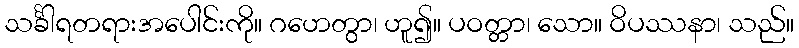
သင်္ခါရတရားအပေါင်းကို။ ဂဟေတွာ၊ ဟူ၍။ ပဝတ္တာ၊ သော။ ဝိပဿနာ၊ သည်။